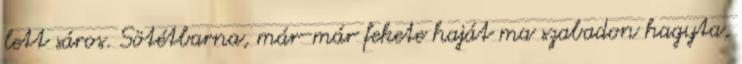
lett sáros. Sötétbarna, már-már fekete haját ma szabadon hagyta,